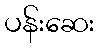
ပန်းဆေး